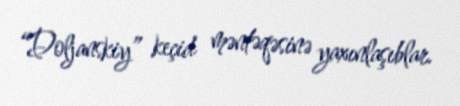
“Doljanskiy” keçid məntəqəsinə yaxınlaşıblar.